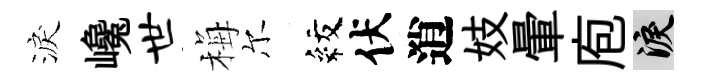
淚巉世梅尔紋伏逍妓暈庖泪